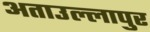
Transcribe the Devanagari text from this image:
अताउल्लापुर